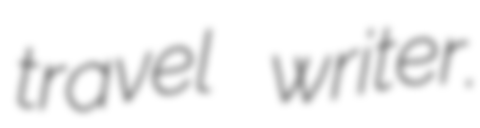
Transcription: travel writer.